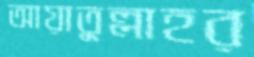
আয়াতুল্লাহর